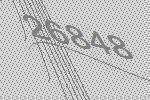
26848